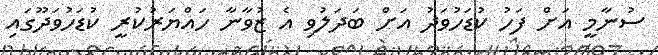
ސުނާމީ އަށް ފަހު ކުޑަހުވަދު އަށް ބަދަލުވި އެ ޒުވާނާ ހައްޔަރުކުރީ ކުޑަހުވަދޫގައި